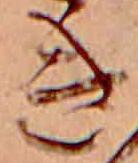
き